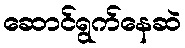
ဆောင်ရွက်နေဆဲ